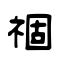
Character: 祻